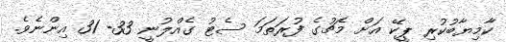
ކާމިޔާބުކުރި ޕީކޭ އަށް މެޗުގެ ފުރަތަމަ ސެޓު ގެއްލުނީ 33- 31 އިންނެވެ.